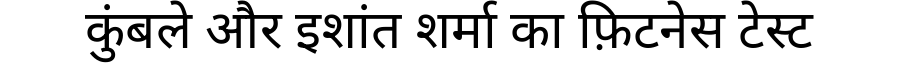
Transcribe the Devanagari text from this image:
कुंबले और इशांत शर्मा का फ़िटनेस टेस्ट